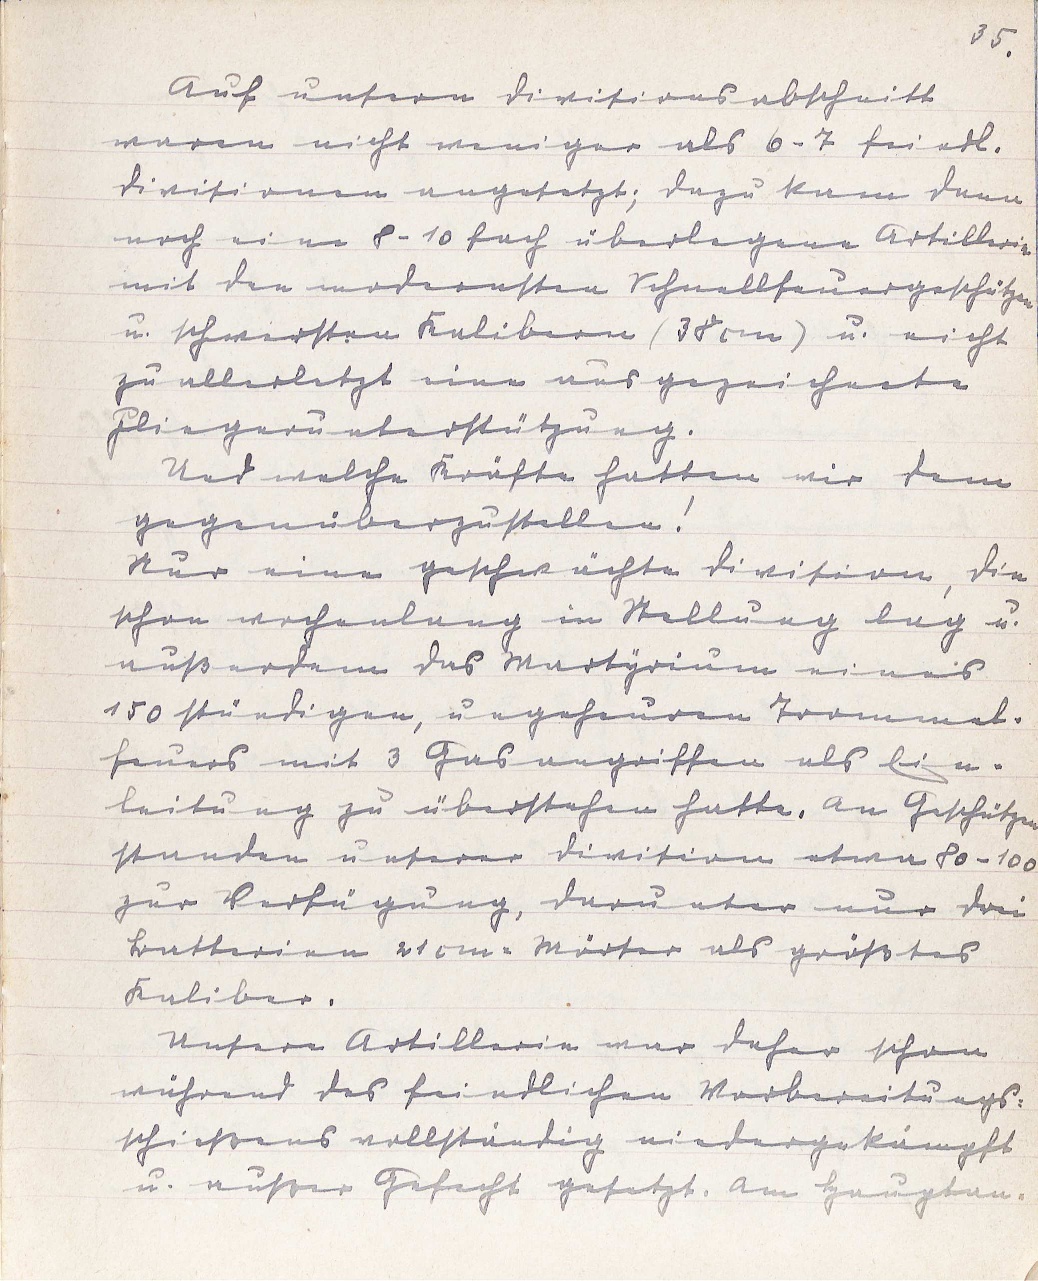
35.
Auf unsern Divisionsabschnitt
waren nicht weniger als 6 - 7 feindl.
Divisionen angesetzt; dazu kam dann
noch eine 8 - 10 fach überlegene Artillerie
mit den modernsten Schnellfeuergeschützen
u. schwersten Kalibern (38 cm) u. nicht
zu allerletzt eine ausgezeichnete
Fliegerunterstützung.
Und welche Kräfte hatten wir dem
gegenüberzustellen!
Nur eine geschwächte Division, die
schon wochenlang in Stellung lag u.
außerdem das Martyrium eines
150 stündigen, ungeheuren Trommel¬
feuers mit 3 Gasangriffen als Ein¬
leitung zu überstehen hatte. An Geschützen
standen unserer Division etwa 80 - 100
zur Verfügung, darunter nur drei
Batterien 21 cm-Mörser als größtes
Kaliber.
Unsere Artillerie war daher schon
während des feindlichen Vorbereitungs¬
schießens vollständig niedergekämpft
u. außer Gefecht gesetzt. Am Hauptan¬